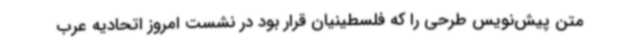
متن پیش‌نویس طرحی را که فلسطینیان قرار بود در نشست امروز اتحادیه عرب